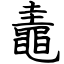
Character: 鼃